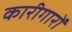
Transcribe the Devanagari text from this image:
कारीगारों